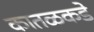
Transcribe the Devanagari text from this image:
कातळकडे